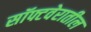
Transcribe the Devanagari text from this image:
सॉफ्टवेरातील